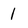
Character: 1